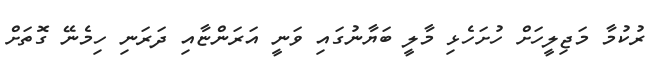
ރުކުމާ މަޖިލީހަށް ހުށަހެޅި މާލީ ބަޔާނުގައި ވަނީ އަރަންޏާއި ދަރަނި ހިމެނޭ ގޮތަށް